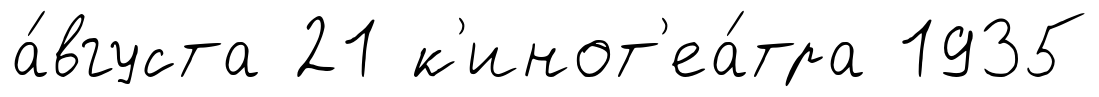
а́вгуста 21 к'инот'еа́тра 1935